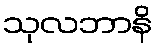
သုလဘာနိ